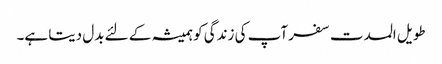
طویل المدت سفر آپ کی زندگی کو ہمیشہ کے لئے بدل دیتا ہے۔